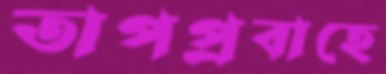
তাপপ্রবাহে